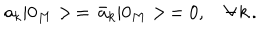
a _ { k } | 0 _ { M } > \, = \, \bar { a } _ { k } | 0 _ { M } > \, = 0 , \quad \forall \, k \, { . }